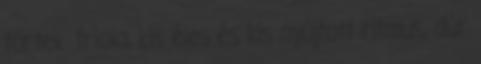
törtek. triola, kis éles és kis nyújtott ritmus, dúr